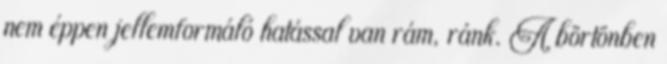
nem éppen jellemformáló hatással van rám, ránk. A börtönben